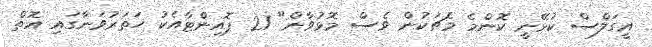
އީގަލްސް ކުޅޭނީ ކޮންމެ މެޗަކުން ވެސް މޮޅުވާން" 21 ޕޮއިންޓާއެކު ހަތަރުވަނާގައި އޮތް